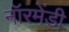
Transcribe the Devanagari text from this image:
नॉरमेंडी